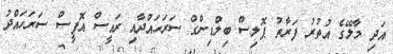
އަދި މާލޭގެ އުތުރު ފަރާތު ޕޮލިސް ބިލްޑިންގް ސަރަހައްދާއި ރައީސް އޮފީސް ސަރަހައްދު